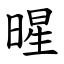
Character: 暒